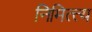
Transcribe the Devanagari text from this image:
निमित्त्य